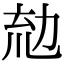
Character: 𠡤